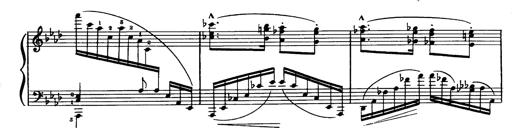
Title: Magyar dalok
Composer: Franz Liszt